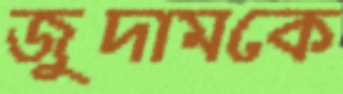
জুদামকে